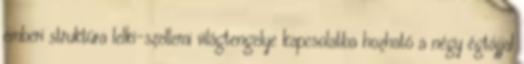
emberi struktúra lelki-szellemi világtengelye kapcsolatba hozható a négy égtájjal